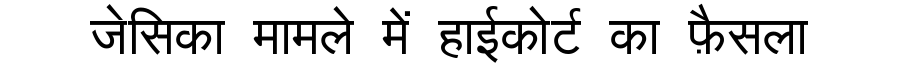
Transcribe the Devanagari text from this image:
जेसिका मामले में हाईकोर्ट का फ़ैसला